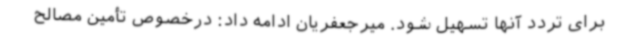
برای تردد آنها تسهیل شود. میرجعفریان ادامه داد: درخصوص تأمین مصالح